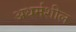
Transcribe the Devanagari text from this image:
अधर्मशील